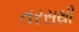
તરસથી